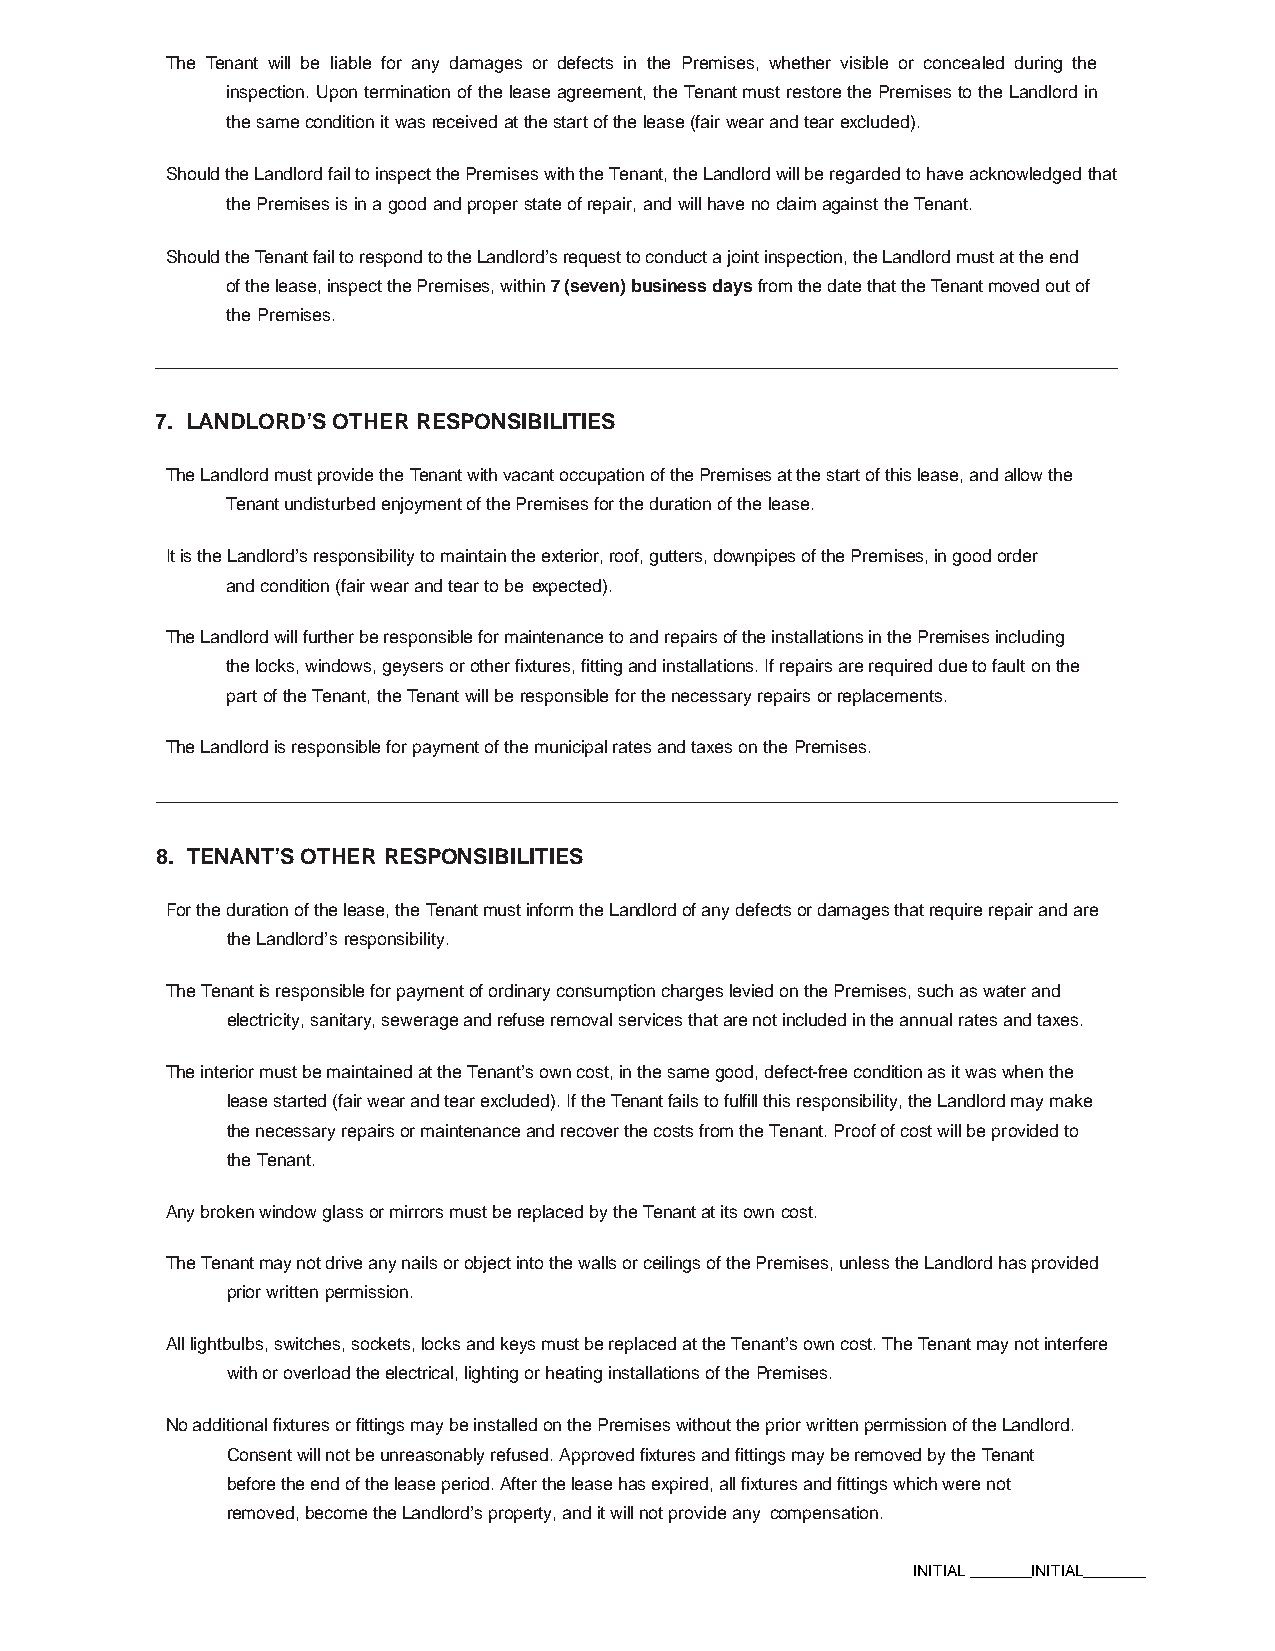
The Tenant will be liable for any damages or defects in the Premises, whether visible or concealed during the
 inspection. Upon termination of the lease agreement, the Tenant must restore the Premises to the Landlord in
 the same condition it was received at the start of the lease (fair wear and tear excluded).
 Should the Landlord fail to inspect the Premises with the Tenant, the Landlord will be regarded to have acknowledged that
 the Premises is in a good and proper state of repair, and will have no claim against the Tenant.
 Should the Tenant fail to respond to the Landlord’s request to conduct a joint inspection, the Landlord must at the end
 of the lease, inspect the Premises, within 7 (seven) business days from the date that the Tenant moved out of
 the Premises.
 7. LANDLORD’S OTHER RESPONSIBILITIES
 The Landlord must provide the Tenant with vacant occupation of the Premises at the start of this lease, and allow the
 Tenant undisturbed enjoyment of the Premises for the duration of the lease.
 It is the Landlord’s responsibility to maintain the exterior, roof, gutters, downpipes of the Premises, in good order
 and condition (fair wear and tear to be expected).
 The Landlord will further be responsible for maintenance to and repairs of the installations in the Premises including
 the locks, windows, geysers or other fixtures, fitting and installations. If repairs are required due to fault on the
 part of the Tenant, the Tenant will be responsible for the necessary repairs or replacements.
 The Landlord is responsible for payment of the municipal rates and taxes on the Premises.
 8. TENANT’S OTHER RESPONSIBILITIES
 For the duration of the lease, the Tenant must inform the Landlord of any defects or damages that require repair and are
 the Landlord’s responsibility.
 The Tenant is responsible for payment of ordinary consumption charges levied on the Premises, such as water and
 electricity, sanitary, sewerage and refuse removal services that are not included in the annual rates and taxes.
 The interior must be maintained at the Tenant’s own cost, in the same good, defect-free condition as it was when the
 lease started (fair wear and tear excluded). If the Tenant fails to fulfill this responsibility, the Landlord may make
 the necessary repairs or maintenance and recover the costs from the Tenant. Proof of cost will be provided to
 the Tenant.
 Any broken window glass or mirrors must be replaced by the Tenant at its own cost.
 The Tenant may not drive any nails or object into the walls or ceilings of the Premises, unless the Landlord has provided
 prior written permission.
 All lightbulbs, switches, sockets, locks and keys must be replaced at the Tenant’s own cost. The Tenant may not interfere
 with or overload the electrical, lighting or heating installations of the Premises.
 No additional fixtures or fittings may be installed on the Premises without the prior written permission of the Landlord.
 Consent will not be unreasonably refused. Approved fixtures and fittings may be removed by the Tenant
 before the end of the lease period. After the lease has expired, all fixtures and fittings which were not
 removed, become the Landlord’s property, and it will not provide any compensation.
 INITIAL _______INITIAL_______